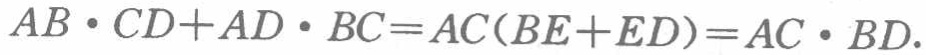
\(AB\cdot CD + AD\cdot BC = AC(BE + ED)=AC\cdot BD.\)